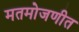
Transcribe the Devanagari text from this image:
मतमोजणीत